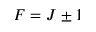
F = J \pm 1